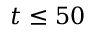
t \le 5 0